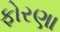
ફોરણા